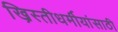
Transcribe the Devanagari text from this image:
ख्रिस्तीधर्मीयांसाठी